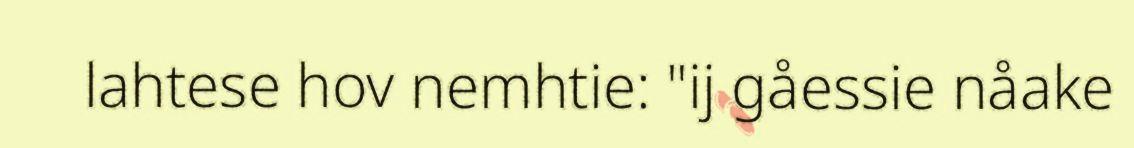
lahtese hov nemhtie: "ij gåessie nåake